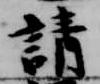
請